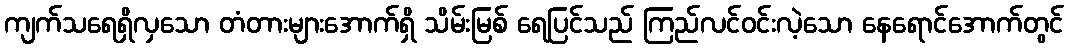
ကျက်သရေရှိလှသော တံတားများအောက်ရှိ သိမ်းမြစ် ရေပြင်သည် ကြည်လင်ဝင်းလဲ့သော နေရောင်အောက်တွင်